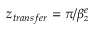
z _ { t r a n s f e r } = \pi / \beta _ { z } ^ { e }